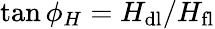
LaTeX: \tan{\phi_{H}}=H_{\mathrm{dl}}/H_{\mathrm{fl}}